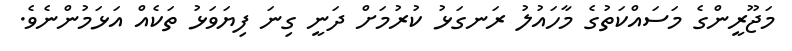
މަޖޫރީންގެ މަސައްކަތުގެ މާހައުލު ރަނގަޅު ކުރުމަށް ދަނީ ގިނަ ފިޔަވަޅު ތަކެއް އަޅަމުންނެވެ.